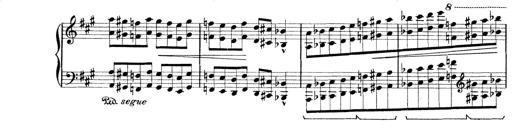
Title: Rapsodie: 19 ungheresi, 1 spagnuola
Composer: Franz Liszt